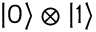
\left| 0 \right\rangle \otimes \left| 1 \right\rangle